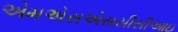
એમએસએસસીસીઆઇ